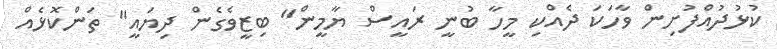
ކުޅުދުއްފުށިން ވާހަކަ ދެއްކި މީހާ ބުނީ ރައީސް ޔާމީން" ބިޒީވެގެން ދިޔައީ" ތަންކޮޅެއް